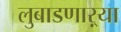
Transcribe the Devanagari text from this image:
लुबाडणाऱ्या